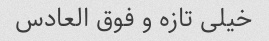
خیلی تازه و فوق العادس